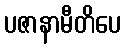
ပဇာနာမီတိပေ